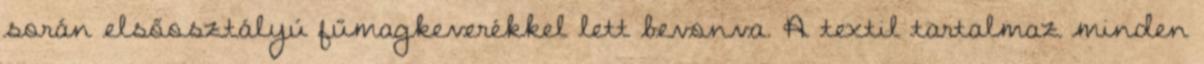
során elsőosztályú fűmagkeverékkel lett bevonva. A textil tartalmaz minden